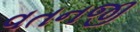
વતનજી